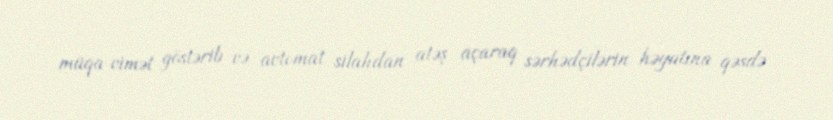
müqa­vimət göstərib və avtomat silahdan atəş açaraq sərhədçilərin həyatına qəsdə